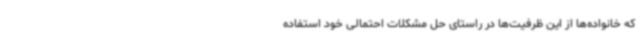
که خانواده‌ها از این ظرفیت‌ها در راستای حل مشکلات احتمالی خود استفاده